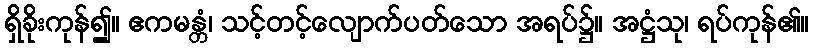
ရှိခိုးကုန်၍။ ဧကမန္တံ၊ သင့်တင့်လျောက်ပတ်သော အရပ်၌။ အဋ္ဌံသု၊ ရပ်ကုန်၏။